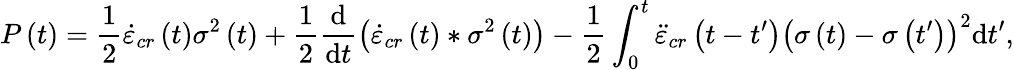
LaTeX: P\left(t\right)=\frac{1}{2}\dot{\varepsilon}_{cr}\left(t\right)\sigma^{2}\left(t\right)+\frac{1}{2}\frac{\mathrm{d}}{\mathrm{d}t}\left(\dot{\varepsilon}_{cr}\left(t\right)\ast\sigma^{2}\left(t\right)\right)-\frac{1}{2}\int_{0}^{t}\ddot{\varepsilon}_{cr}\left(t-t^{\prime}\right)\left(\sigma\left(t\right)-\sigma\left(t^{\prime}\right)\right)^{2}\mathrm{d}t^{\prime},